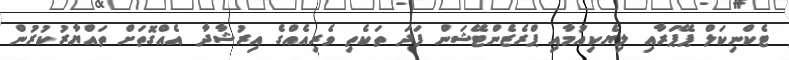
ޓެކްނިކަލް ޕޭޕަރާއި ލިޔެކިއުމާއި ޕްރެޒެންޓޭޝަން ފަދަ ތަކެތި ވެރިއެއްގެ އިރުޝާދާ އެއްގޮތަށް ތައްޔާރުކުރުން